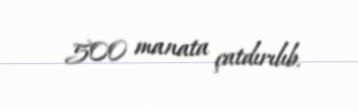
500 manata çatdırılıb.